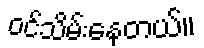
ဝင်သိမ်းနေတယ်။